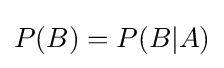
P(B)=P(B|A)